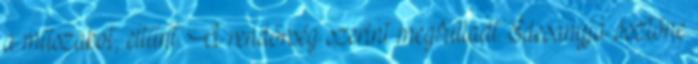
a műszakot, eltűnt. A rendőrség szerint megfulladt. Édesanyja ösztöne